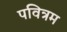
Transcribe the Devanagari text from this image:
पवित्रम